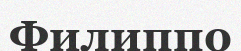
Филиппо